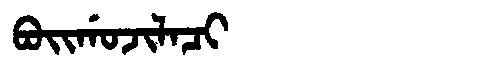
Manchu: ᠪᠣᡳᡤᠣᠵᡳᠯᠠᠴᡳ
Romanization: BOIGOJILACI